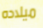
ميلاده